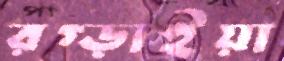
রগ্‌ড়াইয়া